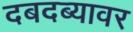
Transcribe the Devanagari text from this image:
दबदब्यावर